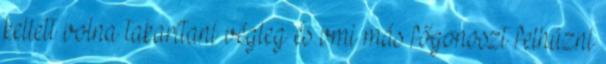
kellett volna takarítani végleg és vmi más főgonoszt felhúzni